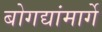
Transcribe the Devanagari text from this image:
बोगद्यांमार्गे